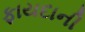
ફાયદાની